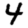
Digit: 4